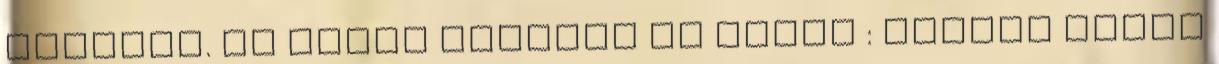
odajött. Az egyik rajzolt is nekem : Ezután órára